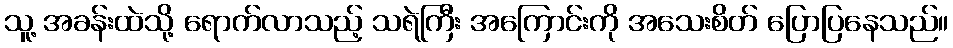
သူ့ အခန်းထဲသို့ ရောက်လာသည့် သရဲကြီး အကြောင်းကို အသေးစိတ် ပြောပြနေသည်။